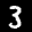
Label: 3